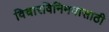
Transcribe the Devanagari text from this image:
विचारविनिमयासाठी